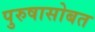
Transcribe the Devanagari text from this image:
पुरुषासोबत